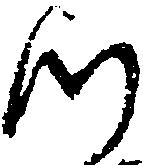
つ